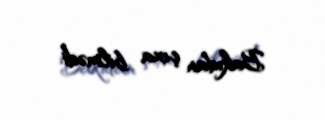
Bakıdan çıxa bilmədi.